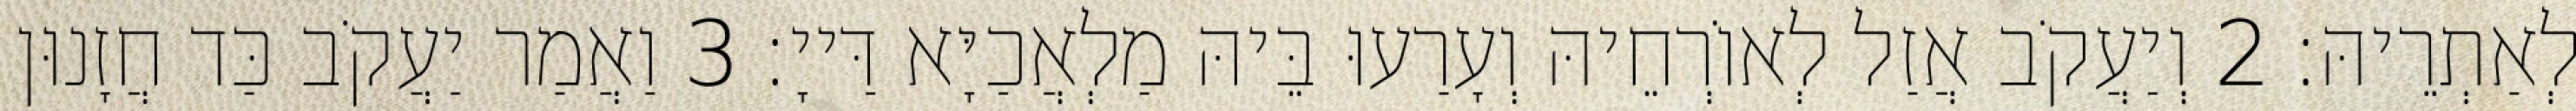
לְאַתְרֵיהּ׃ 2 וְיַעֲקֹב אֲזַל לְאוֹרְחֵיהּ וְעָרַעוּ בֵּיהּ מַלְאֲכַיָּא דַּייָ׃ 3 וַאֲמַר יַעֲקֹב כַּד חֲזָנוּן